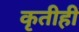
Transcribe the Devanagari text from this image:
कृतीही